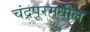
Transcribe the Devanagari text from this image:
चंद्रपूरमधील